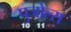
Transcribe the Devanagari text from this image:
पुजोल्स